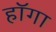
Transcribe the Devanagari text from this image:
हॉगा